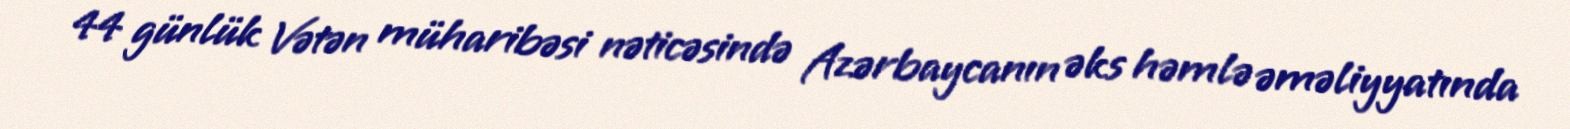
44 günlük Vətən müharibəsi nəticəsində Azərbaycanın əks həmlə əməliyyatında